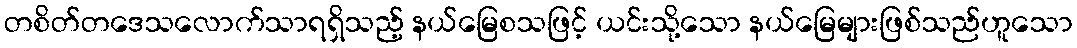
တစိတ်တဒေသလောက်သာရရှိသည့် နယ်မြေစသဖြင့် ယင်းသို့သော နယ်မြေများဖြစ်သည်ဟူသော